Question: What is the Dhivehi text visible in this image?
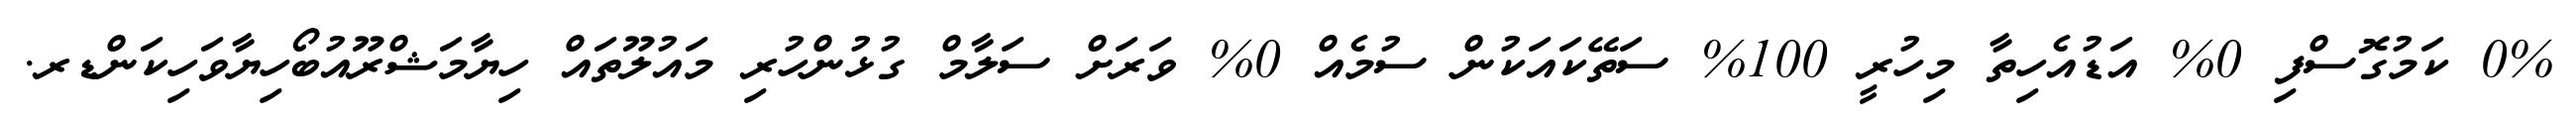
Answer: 0% ކަމުގޮސްފި 0% އަޑުއެހިތާ މިހުރީ 100% ސަތޭކައަކުން ސުމެއް 0% ވަރަށް ސަލާމް ގުޅުންހުރި މައުލޫތައް ހިޔާމަޝްރޫއުބޯހިޔާވަހިކަންޑރ.